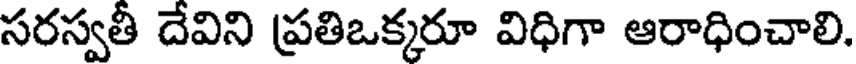
సరస్వతీ దేవిని ప్రతిఒక్కరూ విధిగా ఆరాధించాలి.